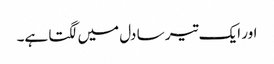
اور ایک تیر سا دل میں لگتا ہے۔